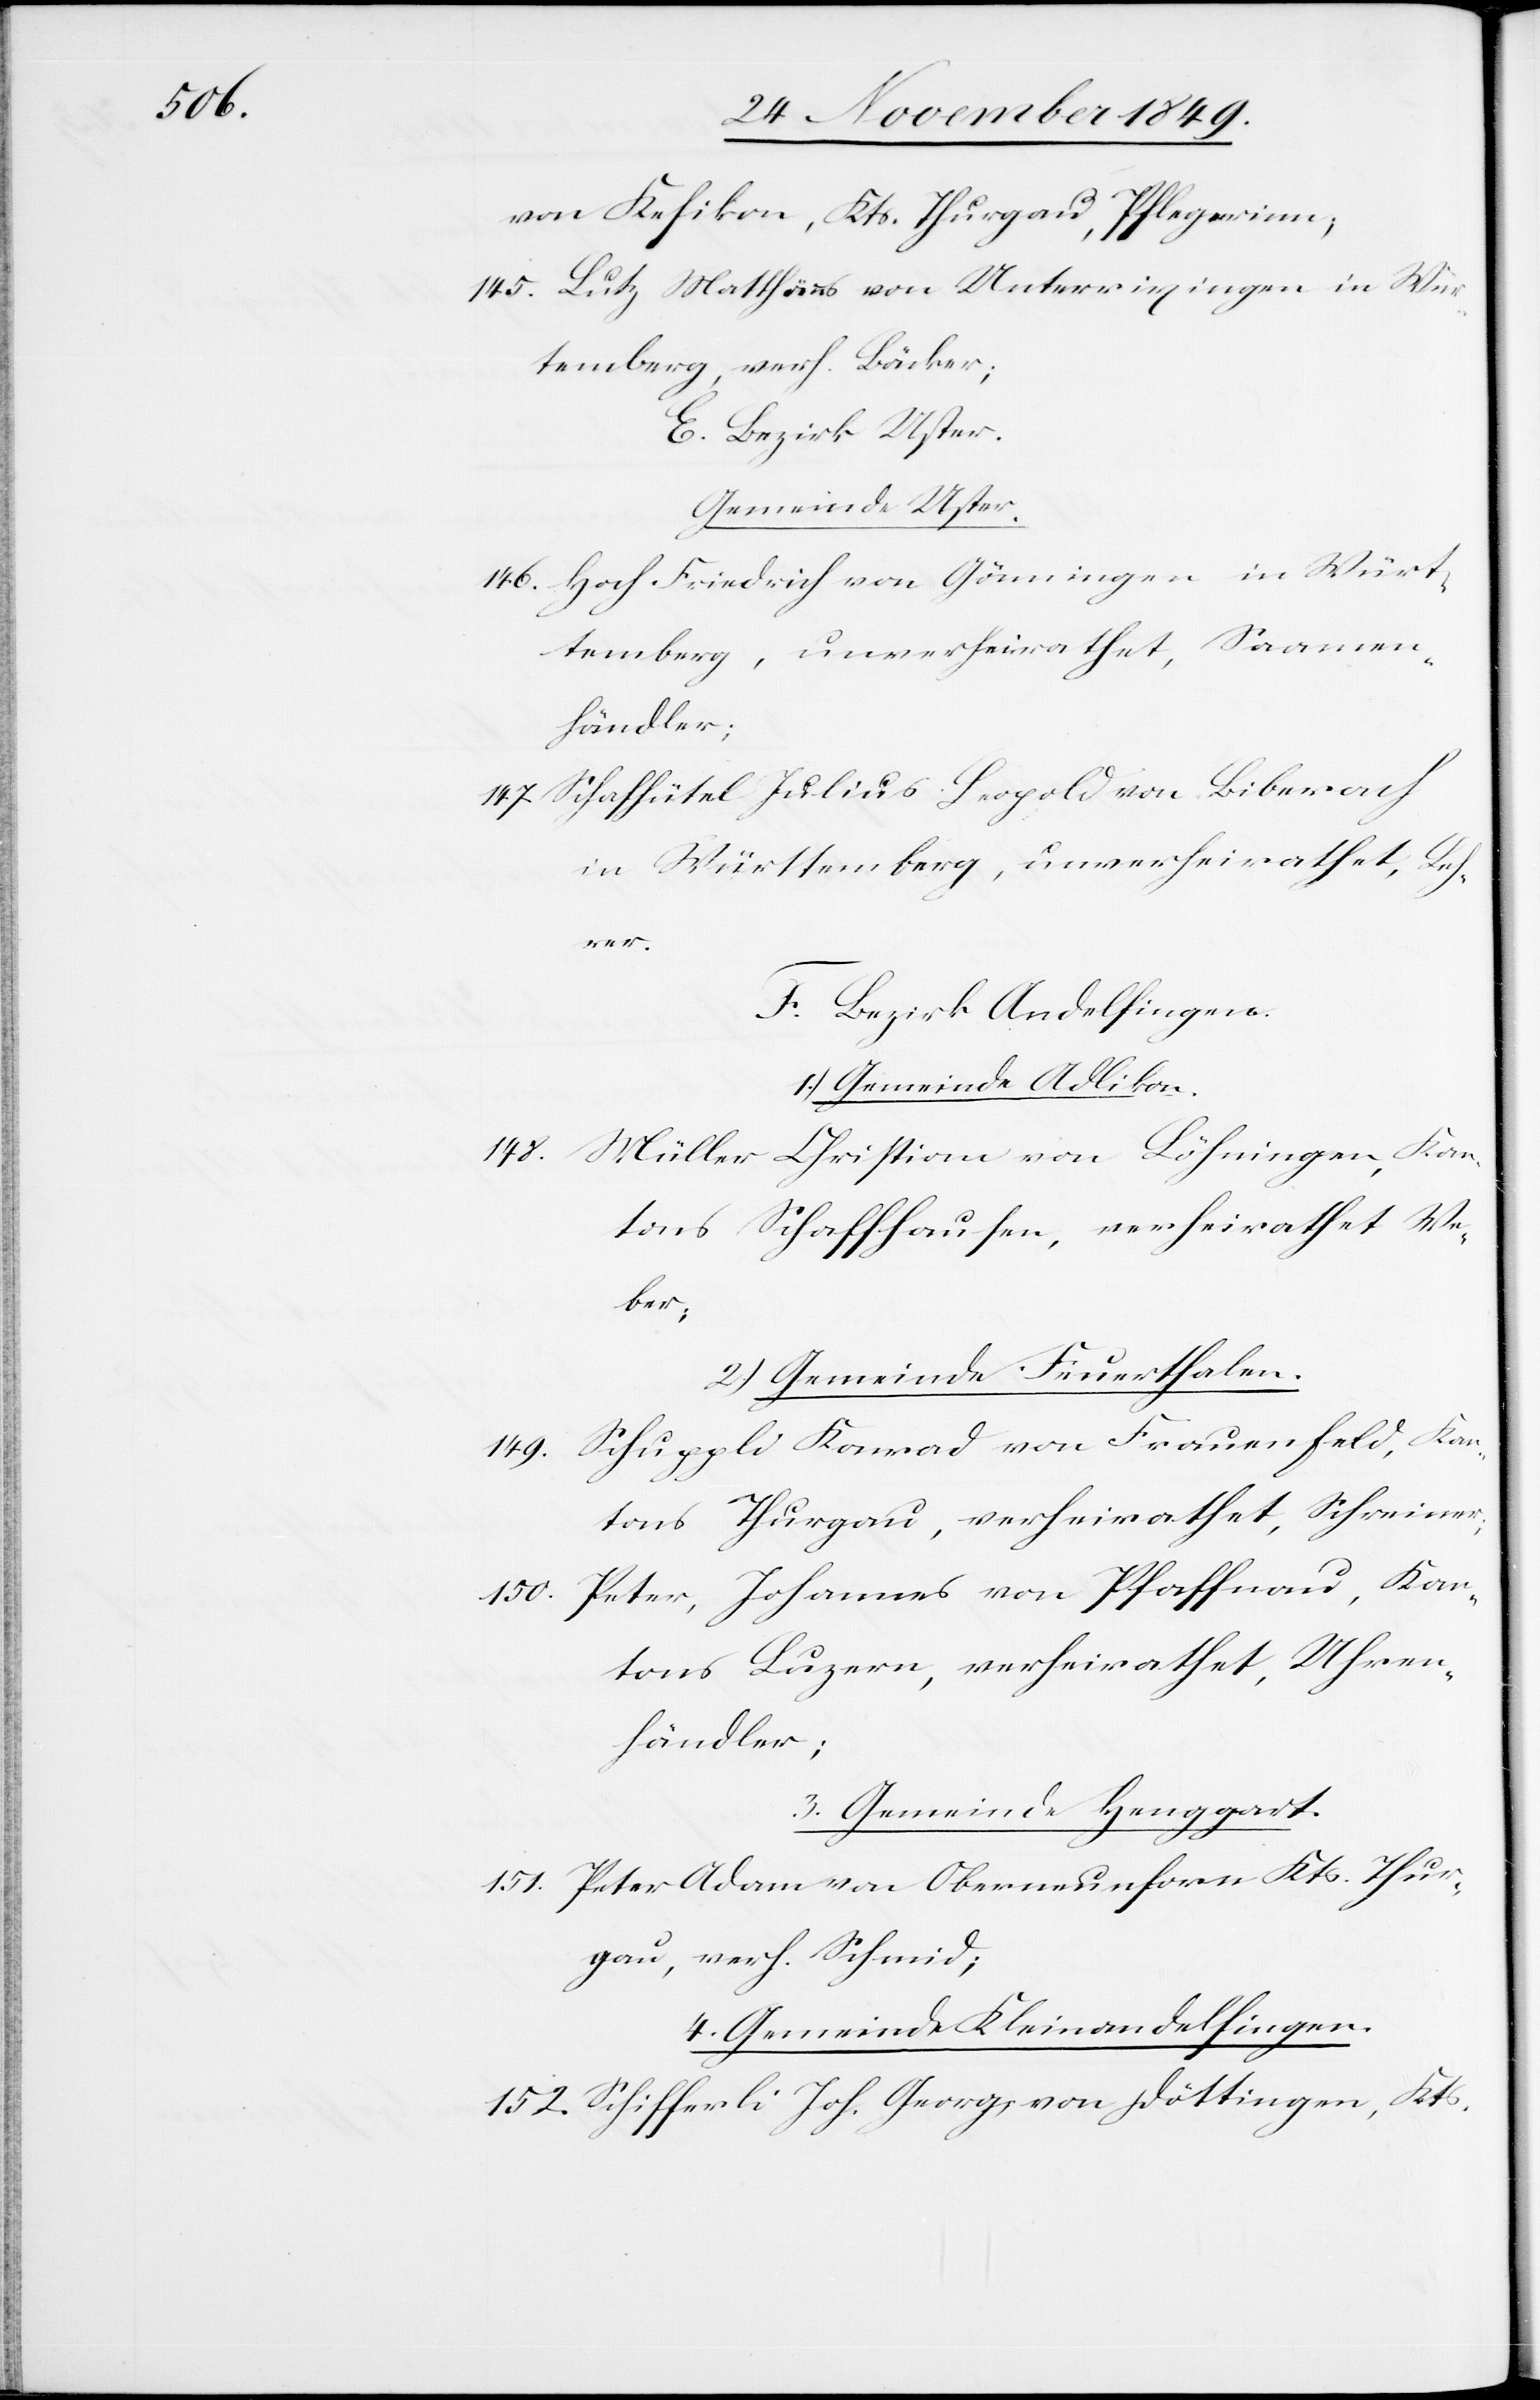
145. Lutz Matthäus von Unterriezingen in Wür¬
temberg, verh. Bäcker;
E. Bezirk Uster.
Gemeinde Uster.
146. Hoch. Friedrich von Gömingen in Würt¬
temberg, unverheirathet, Saamen¬
händler;
147. Schafhütel Julius Leopold von Biberach
in Württemberg, unverheirathet, Leh¬
rer.
F. Bezirk Andelfingen.
1.) Gemeinde Adlikon.
148. Müller Christian von Löhningen, Kan¬
tons Schaffhausen, verheirathet We¬
ber;
2.) Gemeinde Feuerthalen.
149. Schuppli Konrad von Frauenfeld, Kan¬
tons Thurgau, verheirathet, Schreiner;
150. Peter, Johannes von Pfaffnau, Kan¬
tons Luzern, verheirathet, Uhren¬
händler;
3. Gemeinde Henggart.
151. Peter Adam von Oberneunforn Kts. Thur¬
gau, verh. Schmid;
4. Gemeinde Kleinandelfingen.
152. Schifferli Joh. Georgs von Döttingen, Kts.